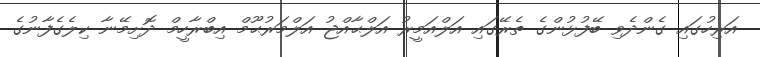
އަރިހުގައި ގެންދެވި ބޭފުޅުންގެ ތެރޭގައި އަލްއަމީރު އަލްޙާއްޖު އަލްމަރުޙޫމް އިބްރާހީމް ދޮށިމޭނާ ކިލެގެފާނުގެ